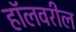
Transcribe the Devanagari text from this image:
हॉलवरील